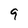
Character: 9